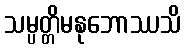
သမ္ပတ္တိမနုဘောဿသိ